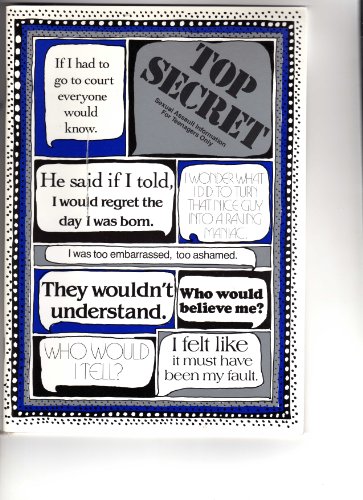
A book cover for Top Secret: Sexual Assault Information for Teenagers Only; Billie Jo Flerchinger; Teen & Young Adult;